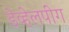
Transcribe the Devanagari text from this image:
डेव्हेलपींग